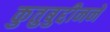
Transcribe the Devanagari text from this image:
कुतुबुद्दीनने